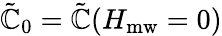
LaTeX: \tilde{\mathbb{C}}_{0}=\tilde{\mathbb{C}}(H_{\mathrm{mw}}=0)